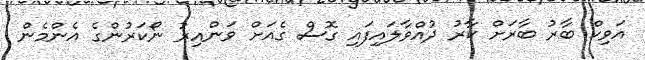
އަވިކް ބާރު ބާރަށް ކާރު ދުއްވާލައިފައި ގޮސް ގެއަށް ވަންއިރު ނޯކަރުންގެ އެންމެން